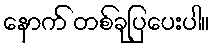
နောက် တစ်ခုပြပေးပါ။